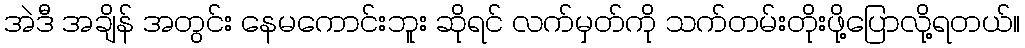
အဲဒီ အချိန် အတွင်း နေမကောင်းဘူး ဆိုရင် လက်မှတ်ကို သက်တမ်းတိုးဖို့ပြောလို့ရတယ်။